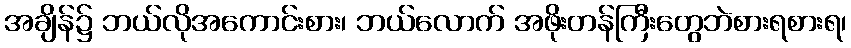
အချိန်၌ ဘယ်လိုအကောင်းစား၊ ဘယ်လောက် အဖိုးတန်ကြီးတွေဘဲစားရစားရ၊